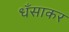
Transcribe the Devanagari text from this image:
धँसाकर